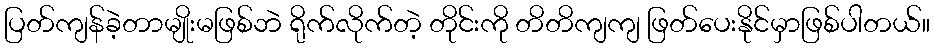
ပြတ်ကျန်ခဲ့တာမျိုးမဖြစ်ဘဲ ရိုက်လိုက်တဲ့ တိုင်းကို တိတိကျကျ ဖြတ်ပေးနိုင်မှာဖြစ်ပါတယ်။